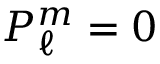
P _ { \ell } ^ { m } = 0